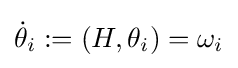
{\dot {\theta }}_{i}:=(H,\theta _{i})=\omega _{i}